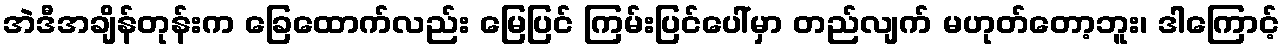
အဲဒီအချိန်တုန်းက ခြေထောက်လည်း မြေပြင် ကြမ်းပြင်ပေါ်မှာ တည်လျက် မဟုတ်တော့ဘူး၊ ဒါကြောင့်